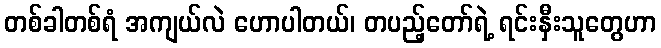
တစ်ခါတစ်ရံ အကျယ်လဲ ဟောပါတယ်၊ တပည့်တော်ရဲ့ ရင်းနှီးသူတွေဟာ